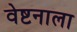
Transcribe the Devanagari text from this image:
वेष्टनाला